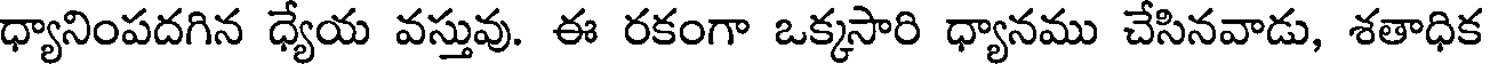
ధ్యానింపదగిన ధ్యేయ వస్తువు. ఈ రకంగా ఒక్కసారి ధ్యానము చేసినవాడు, శతాధిక